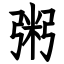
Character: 粥